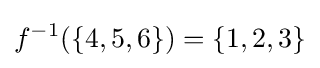
f^{-1}(\{4,5,6\})=\{1,2,3\}